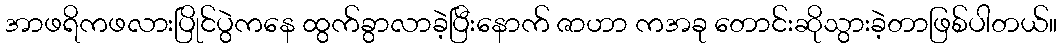
အာဖရိကဖလားပြိုင်ပွဲကနေ ထွက်ခွာလာခဲ့ပြီးနောက် ဇာဟာ ကအခု တောင်းဆိုသွားခဲ့တာဖြစ်ပါတယ်။